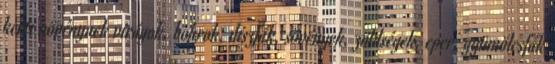
kerti növénynek virágok, bokrok, díszfák, sövények, zöldségek, eper, gyümölcsfák